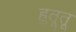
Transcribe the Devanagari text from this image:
हुतूतू